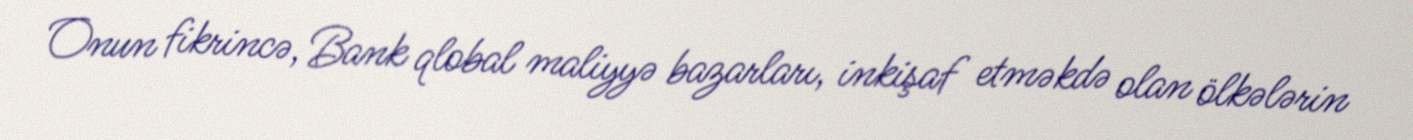
Onun fikrincə, Bank qlobal maliyyə bazarları, inkişaf etməkdə olan ölkələrin